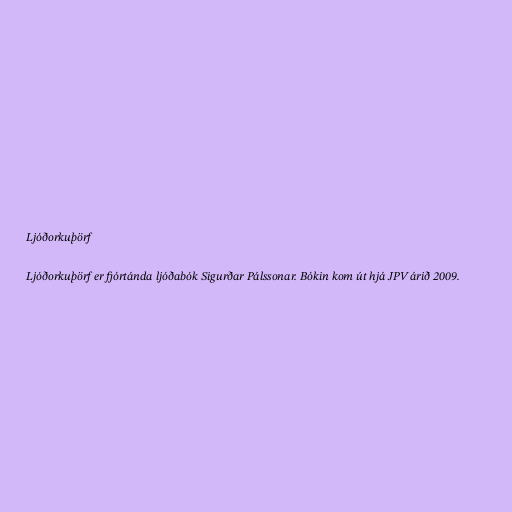
Ljóðorkuþörf

Ljóðorkuþörf er fjórtánda ljóðabók Sigurðar Pálssonar. Bókin kom út hjá JPV árið 2009.